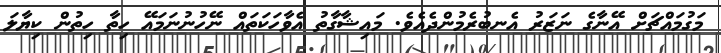
މަގުމައްޗަށް އޭނާގެ ނަޒަރު އެނބުރެމުންދެއެވެ. މައިޝާގާތު އެވާހަކަތައް ނޭހުނުނަމައޭ ހިތާ ހިތުން ކިޔާލަ